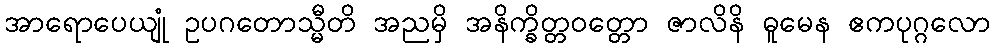
အာရောပေယျုံ ဥပဂတောသ္မီတိ အညမှိ အနိက္ခိတ္တဝတ္တော ဇာလိနိ ဓူမေန ဧကပုဂ္ဂလော